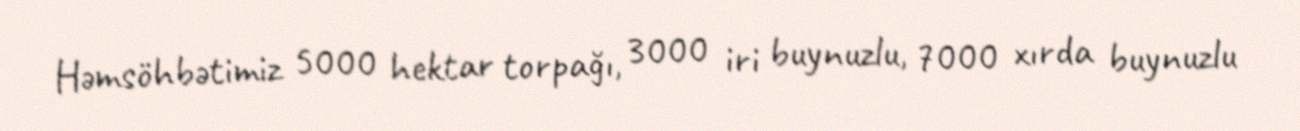
Həmsöhbətimiz 5000 hektar torpağı, 3000 iri buynuzlu, 7000 xırda buynuzlu